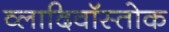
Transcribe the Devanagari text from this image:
व्लादिवॉस्तोक